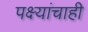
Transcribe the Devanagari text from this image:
पक्ष्यांचाही